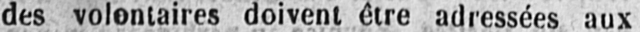
des volontaires doivent être adressées aux